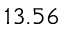
1 3 . 5 6